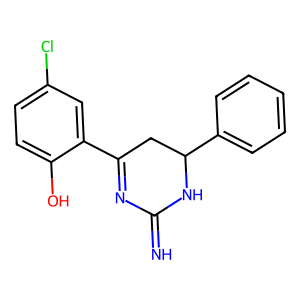
SMILES: N=C1N=C(c2cc(Cl)ccc2O)CC(c2ccccc2)N1
Inhibits HIV replication: No